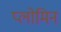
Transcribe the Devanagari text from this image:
प्लोमिन